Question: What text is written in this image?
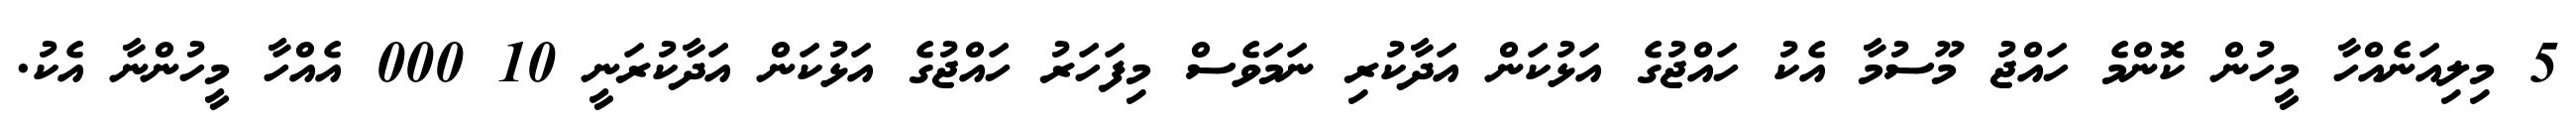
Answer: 5 މިލިއަނެއްހާ މީހުން ކޮންމެ ހައްޖު މޫސުމާ އެކު ހައްޖުގެ އަޅުކަން އަދާކުރި ނަމަވެސް މިފަހަރު ހައްޖުގެ އަޅުކަން އަދާކުރަނީ 10 000 އެއްހާ މީހުންނާ އެކު.